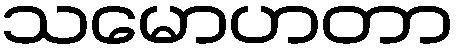
သမောဟတာ